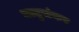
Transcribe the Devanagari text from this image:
धातुसंकर